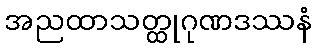
အညထာသတ္ထုဂုဏဒဿနံ